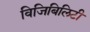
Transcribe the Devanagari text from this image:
विजिबिलिटी